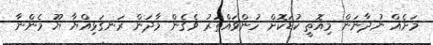
މަށެއް ނުދާނަން މިއޮތީ ކުޑަކޮށް ހުންވައްތަރު ވެގެން މާދަން ރަނގަޅިއްޔާ ޔޫ މެންނާ